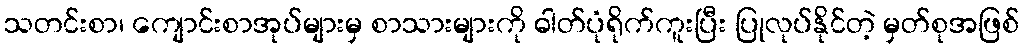
သတင်းစာ၊ ကျောင်းစာအုပ်များမှ စာသားများကို ဓါတ်ပုံရိုက်ကူးပြီး ပြုလုပ်နိုင်တဲ့ မှတ်စုအဖြစ်